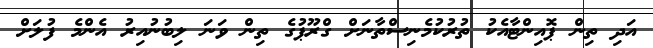
އަދި ތިން ޕޮއިންޓާއެކު ތުރުކުމެނިސްތާނަށް ގްރޫޕުގެ ތިން ވަނަ ލިބުނުއިރު އެންމެ ފުލަށް